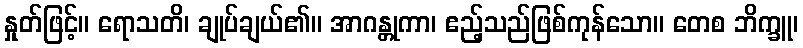
နှုတ်ဖြင့်။ ရောသတိ၊ ချုပ်ချယ်၏။ အာဂန္တုကာ၊ ဧည့်သည်ဖြစ်ကုန်သော။ တေစ ဘိက္ခူ၊